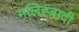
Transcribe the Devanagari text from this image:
मलिह्बादी